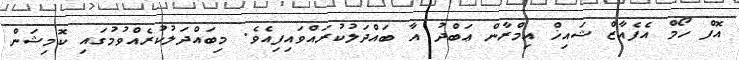
އޮފް ހޯމް އެފެއާޒް ޝައިޚް އިމްރާން ޢަބްދު އާ ބައްދަލުކުރައްވައިފިއެވެ. މިބައްދަލުކުރެއްވުމުގައި ކޮމިޝަން